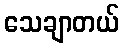
သေချာတယ်